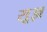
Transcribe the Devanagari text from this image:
सू़ज्ञ